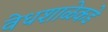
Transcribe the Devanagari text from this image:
वेधशाळेकडे